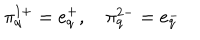
LaTeX: \pi _ { q } ^ { 1 + } = e _ { q } ^ { + } , \quad \pi _ { q } ^ { 2 - } = e _ { q } ^ { - }